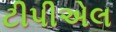
ટીપીએલ